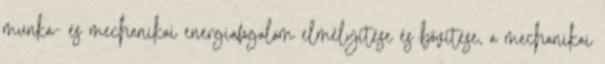
munka- és mechanikai energiafogalom elmélyítése és bővítése, a mechanikai